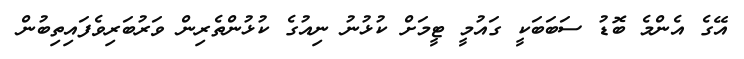
އޭގެ އެންމެ ބޮޑު ސަބަބަކީ ގައުމީ ޓީމަށް ކުޅުނު ނިއުގެ ކުޅުންތެރިން ވަރުބަރިވެފައިތިބުން